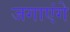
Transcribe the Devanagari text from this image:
जगाएंगे